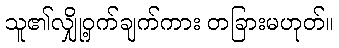
သူ၏လျှို့ဝှက်ချက်ကား တခြားမဟုတ်။